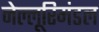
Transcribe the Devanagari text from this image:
नेल्लूरिमंडल